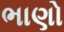
ભાણો